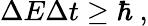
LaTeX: \Delta E\Delta t\geq\hbar\ ,